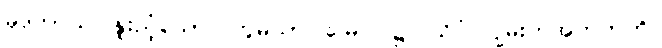
မုဒုကာယ၊ နူးညံ့သော။ ဘူမိယာ၊ မြေပြင်၌။ သိပ္ပံ၊ ဂျွမ်းကအတတ်ကို။